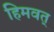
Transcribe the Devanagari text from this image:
हिमवत्‌